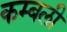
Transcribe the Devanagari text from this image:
कम्बली